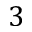
3